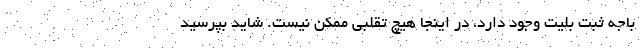
باجه ثبت بلیت وجود دارد، در اینجا هیچ تقلبی ممکن نیست. شاید بپرسید